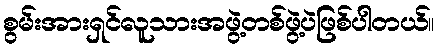
စွမ်းအားရှင်လူသားအဖွဲ့တစ်ဖွဲ့ပဲဖြစ်ပါတယ်။